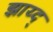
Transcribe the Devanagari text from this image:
झाय्द्